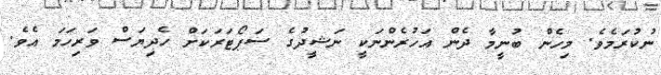
ނުކުރަމެވެ. މިހެން ބުނީމާ ދެން އަހުރެންނަކީ ނަޝީދުގެ ސަޕޯޓަރަކަށް ހެދިޔަސް ވަރިހަމަ އެވެ.